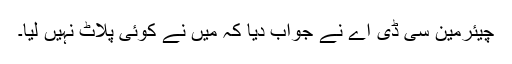
چیئرمین سی ڈی اے نے جواب دیا کہ میں نے کوئی پلاٹ نہیں لیا۔